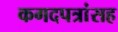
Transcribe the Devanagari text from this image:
कगदपत्रांसह